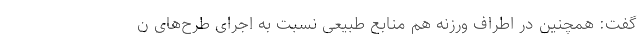
گفت: همچنین در اطراف ورزنه هم منابع طبیعی نسبت به اجرای طرح‌های ن